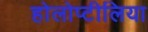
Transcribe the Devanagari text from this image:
होलोप्टीलिया